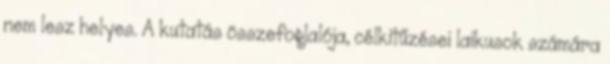
nem lesz helyes. A kutatás összefoglalója, célkitűzései laikusok számára